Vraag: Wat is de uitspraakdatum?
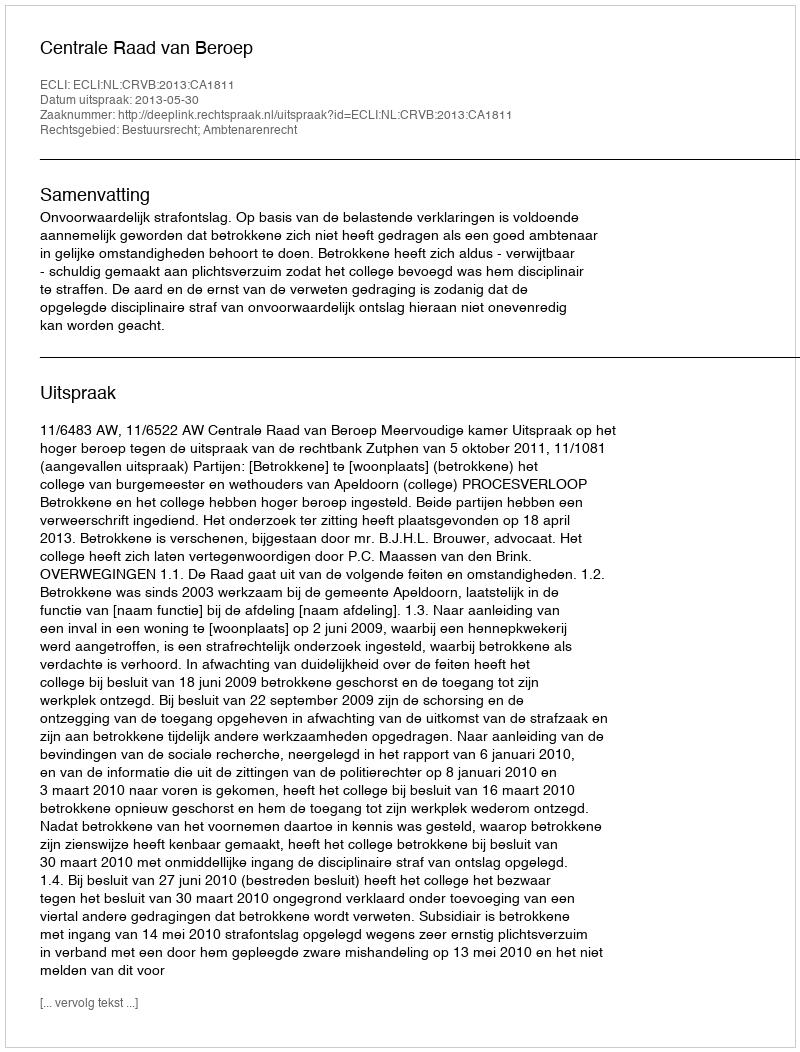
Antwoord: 2013-05-30